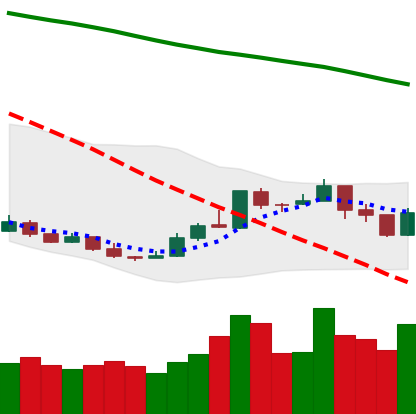
Ticker: XMR-USD
Chart end date: 2018-12-28
Forward return: 4.987%
Label: up_3_5